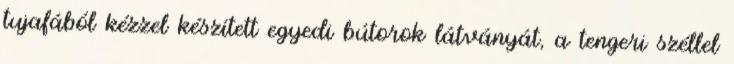
tujafából kézzel készített egyedi bútorok látványát, a tengeri széllel